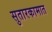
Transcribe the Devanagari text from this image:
सुतारकामात